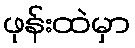
ဖုန်းထဲမှာ